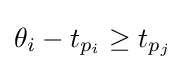
\theta _{i}-t_{p_{i}}\geq t_{p_{j}}